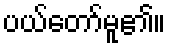
ပယ်တော်မူ၏။